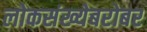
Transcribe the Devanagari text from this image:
लोकसंख्येबरोबर